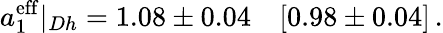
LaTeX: a_{1}^{\mathrm{eff}}|_{Dh}=1.08\pm 0.04\quad[0.98\pm 0.04]\, .